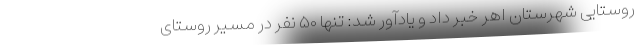
روستایی شهرستان اهر خبر داد و یادآور شد: تنها ۵۰ نفر در مسیر روستای